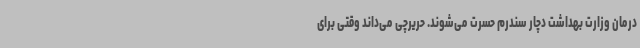
درمان وزارت بهداشت دچار سندرم حسرت می‌شوند. حریرچی می‌داند وقتی برای